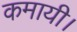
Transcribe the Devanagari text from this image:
कमायी।